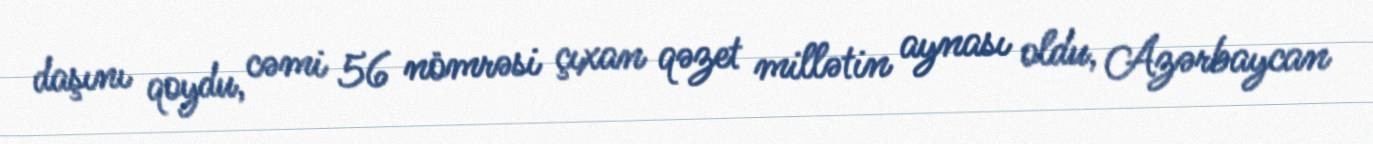
daşını qoydu, cəmi 56 nömrəsi çıxan qəzet millətin aynası oldu, Azərbaycan